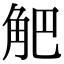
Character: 𧣃